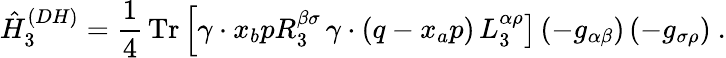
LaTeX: \hat{H}_{3}^{(DH)}=\frac{1}{4}\, \mathrm{Tr}\left[\gamma\cdot x_{b}pR_{3}^{\beta\sigma}\right.\left.\gamma\cdot(q-x_{a}p)\, L_{3}^{\alpha\rho}\right]\left(-g_{\alpha\beta}\right)\left(-g_{\sigma\rho}\right)\ .